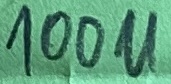
Text: 100u